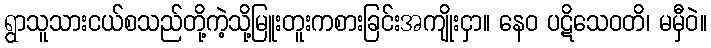
ရွာသူသားငယ်စသည်တို့ကဲ့သို့မြူးတူးကစားခြင်းအကျိုးငှာ။ နေဝ ပဋိသေဝတိ၊ မမှီဝဲ။